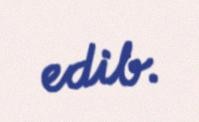
edib.